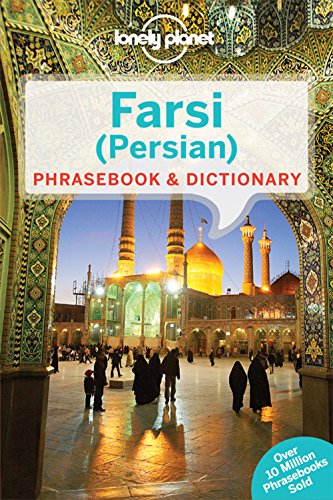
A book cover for Lonely Planet Farsi (Persian) Phrasebook & Dictionary; Lonely Planet; Travel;